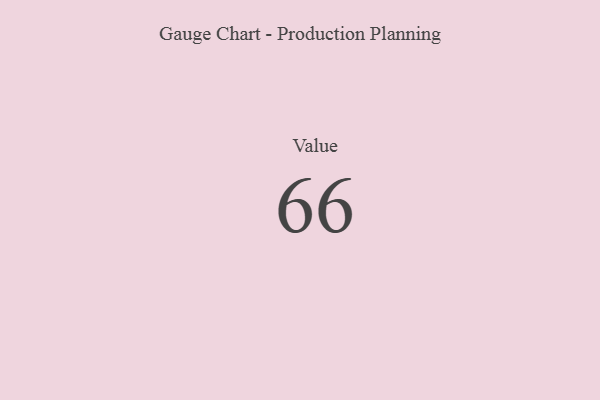
{"axis": {"x": "Metric", "y": "Value"}, "legend": [""], "data": [{"x": "Value", "y": 66, "type": ""}]}